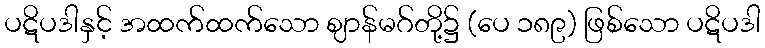
ပဋိပဒါနှင့် အထက်ထက်သော ဈာန်မဂ်တို့၌ (ပေ ၁၈၉) ဖြစ်သော ပဋိပဒါ